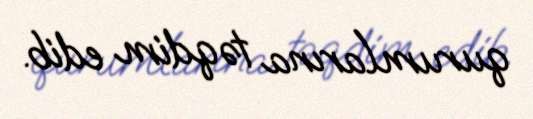
qurumlarına təqdim edib.